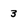
Character: 3